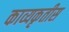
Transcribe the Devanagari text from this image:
काव्यकृतीस